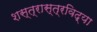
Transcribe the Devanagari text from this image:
शस्त्रास्त्रविद्या